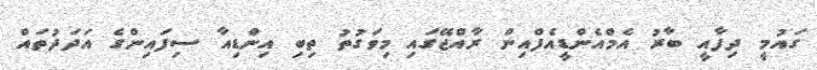
ގައުމީ ދިފާއީ ބާރު އެމްއެންޑީއެފްއިން ރާއްޖޭގައި މިވަގުތު ތިބި އިންޑިއާ ސިފައިންގެ އަދަދުތައް